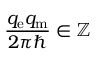
{ \frac { q _ { \mathrm { e } } q _ { \mathrm { m } } } { 2 \pi \hbar } } \in \mathbb { Z }